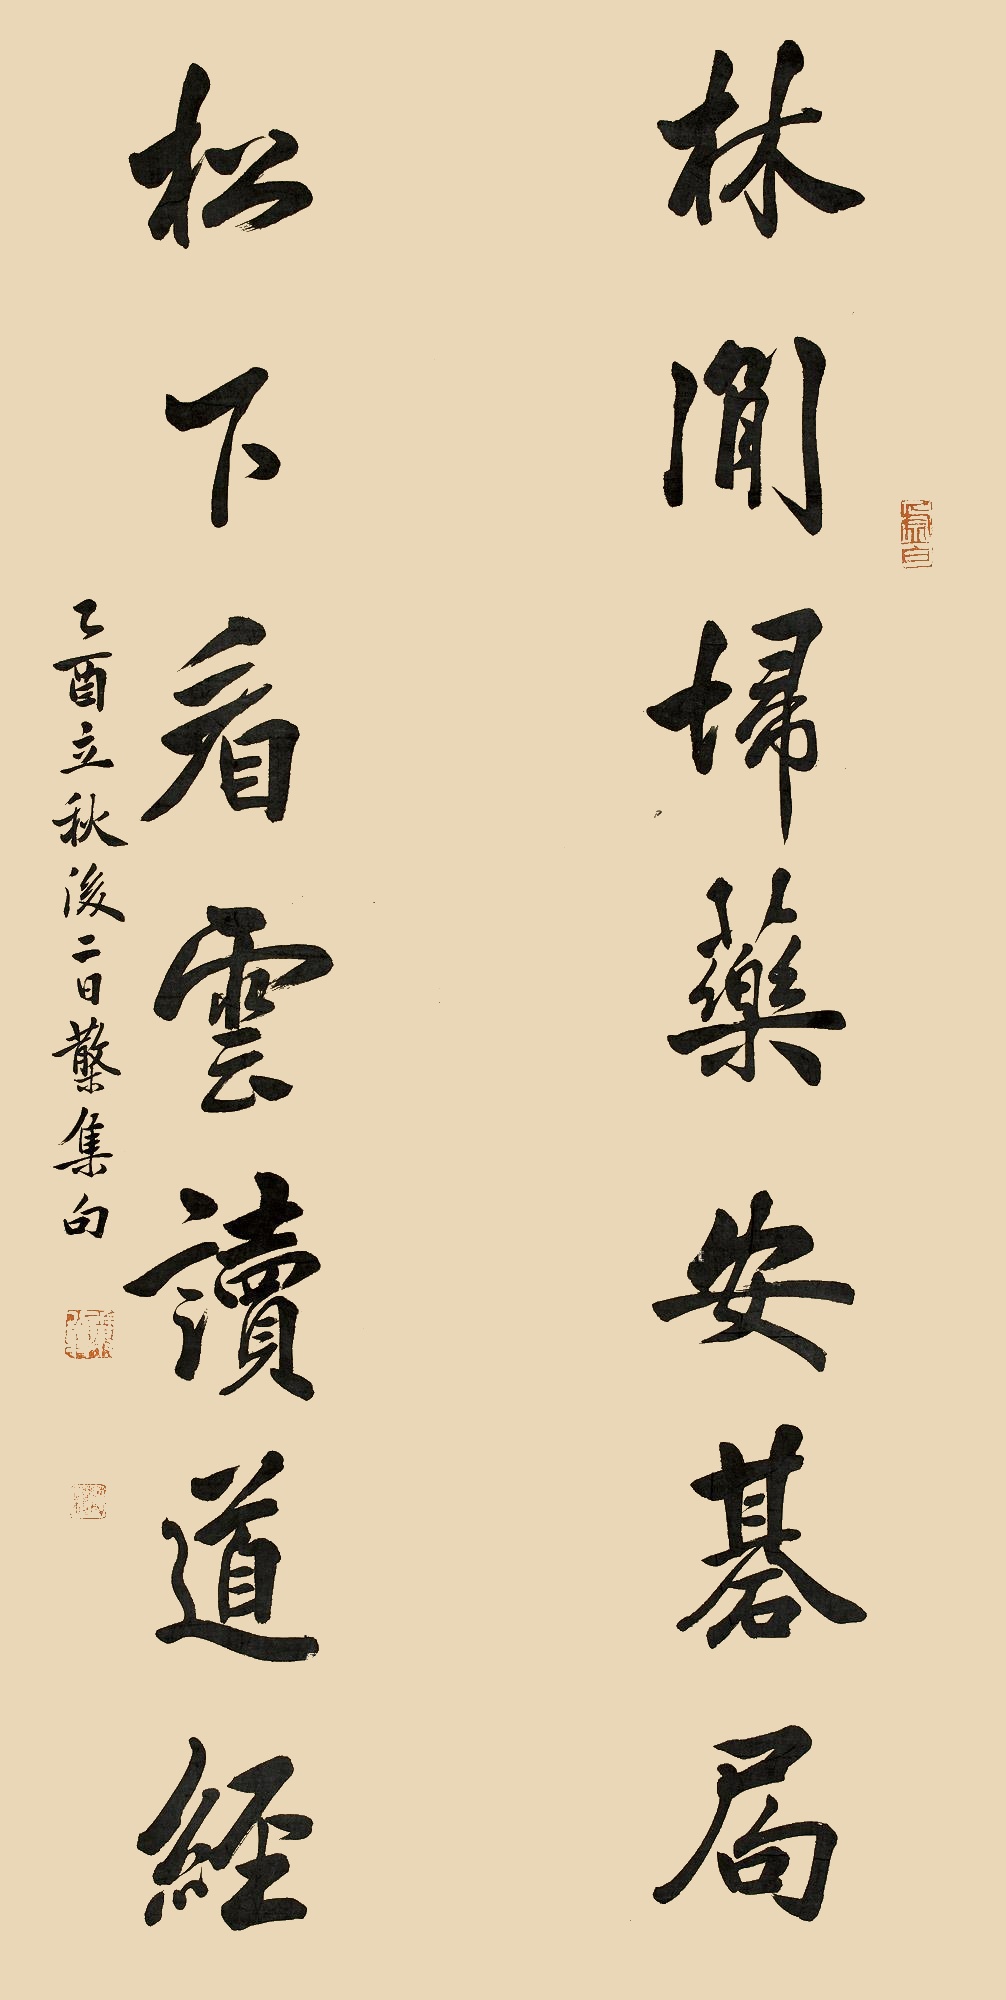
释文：林间扫药安棋局，松下看云读道经。乙酉立秋后二日散木集句。